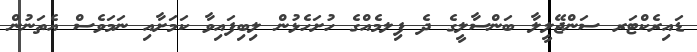
ޑައިރެކްޓަރ ސަންޖޭލީލާ ބަންސާލީގެ ދެ ފިލމެއްްގެ ހުށަހެޅުން ލިބިފައިވާ ކަމަށާއި ނަމަވެސް އެތަނުންް